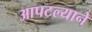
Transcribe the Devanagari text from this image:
आपटल्याने